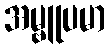
အမ္ဗူပမာ